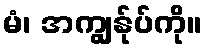
မံ၊ အကျွန်ုပ်ကို။